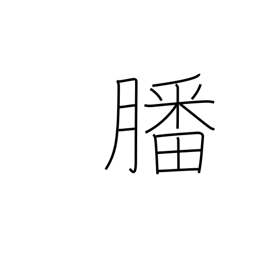
Meaning: offerings to gods